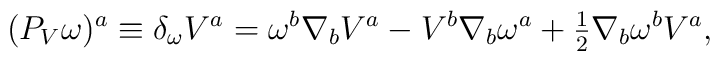
(P_V\omega )^a\equiv \delta _\omega V^a        =\omega ^b\nabla _bV^a-V^b\nabla_b\omega ^a+{\textstyle{1 \over 2}}\nabla _b\omega ^bV^a ,